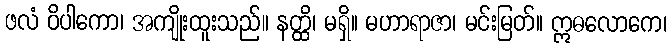
ဖလံ ဝိပါကော၊ အကျိုးထူးသည်။ နတ္ထိ၊ မရှိ။ မဟာရာဇာ၊ မင်းမြတ်။ ဣဓလောကေ၊